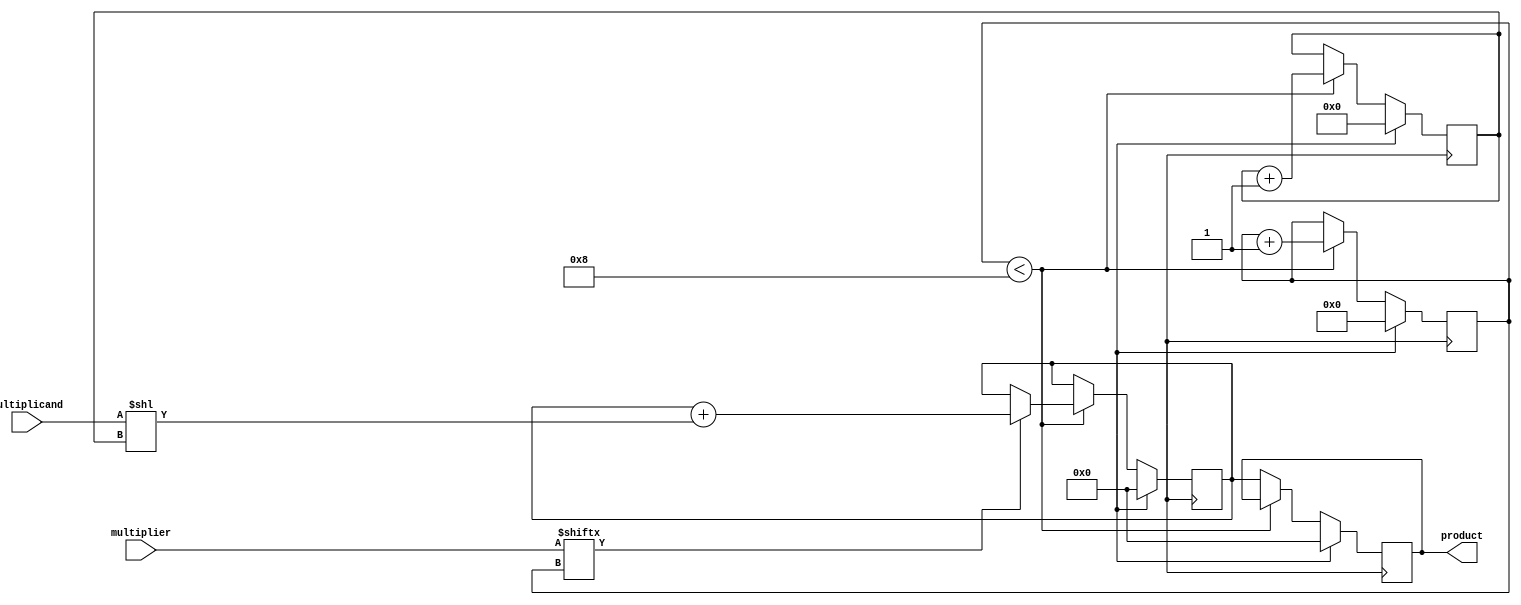
module unsigned_multiplier(
    input [7:0] multiplicand,
    input [7:0] multiplier,
    output reg [15:0] product
);

reg [7:0] shift_reg;
reg [15:0] accumulator;
reg [3:0] counter;

always @ (posedge clock) begin
    if (reset) begin
        shift_reg <= 8'b0;
        accumulator <= 16'b0;
        counter <= 4'b0;
        product <= 16'b0;
    end else if (counter < 8) begin
        if (multiplier[counter]) begin
            accumulator <= accumulator + (multiplicand << shift_reg);
        end
        shift_reg <= shift_reg + 1;
        counter <= counter + 1;
    end else begin
        product <= accumulator;
    end
end

endmodule